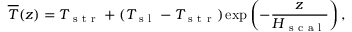
\overline { { T } } { } ( z ) = T _ { \mathrm { ~ s ~ t ~ r ~ } } + ( T _ { \mathrm { ~ s ~ l ~ } } - T _ { \mathrm { ~ s ~ t ~ r ~ } } ) \exp \left( - \frac { z } { H _ { \mathrm { ~ s ~ c ~ a ~ l ~ } } } \right) ,